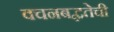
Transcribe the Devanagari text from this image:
वचनबद्धतेची